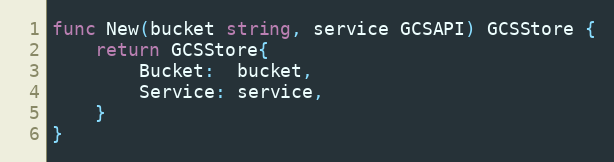
Language: Go
func New(bucket string, service GCSAPI) GCSStore {
	return GCSStore{
		Bucket:  bucket,
		Service: service,
	}
}